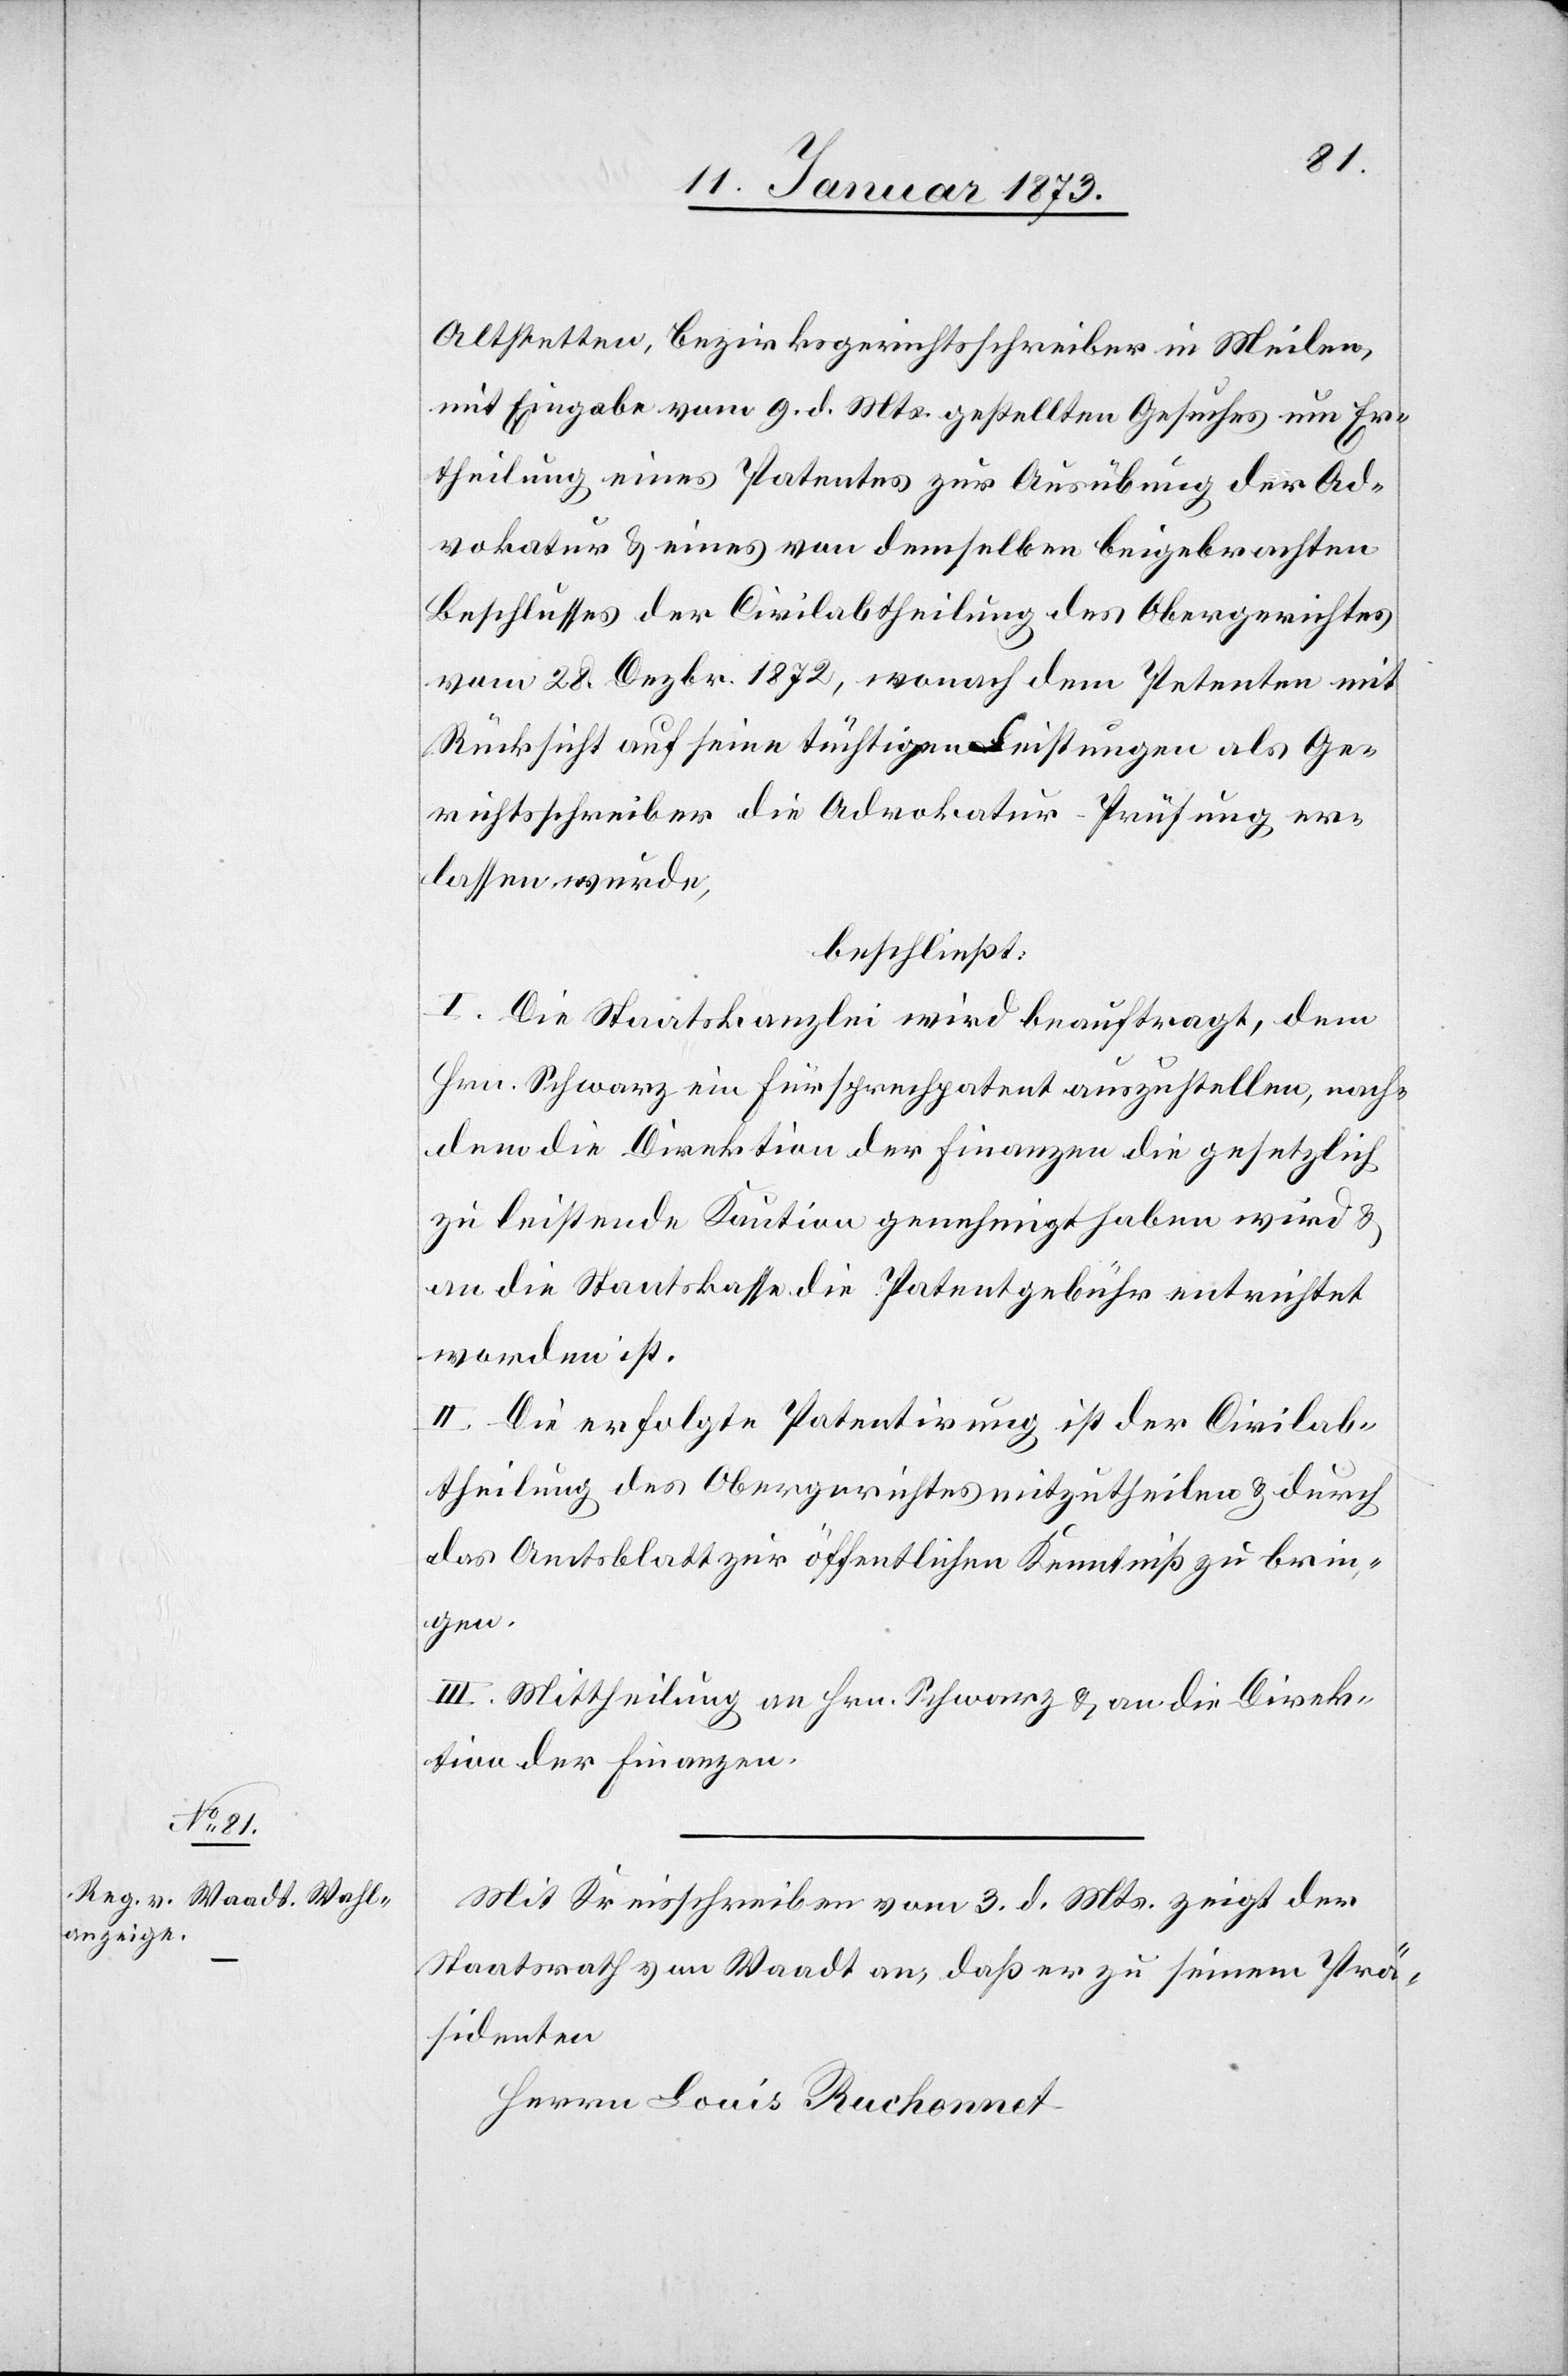
Altstetten, Bezirksgerichtsschreiber in Meilen,
mit Eingabe vom 9. d. Mts. gestellten Gesuches um Er¬
theilung eines Patentes zur Ausübung der Ad¬
vokatur u. eines von demselben beigebrachten
Beschlusses der Civilabtheilung des Obergerichtes
vom 28. Dezbr. 1872, wonach dem Petenten mit
Rücksicht auf seine tüchtigen Leistungen als Ge¬
richtsschreiber die Advokatur-Prüfung er¬
lassen wurde,
beschließt:
I. Die Staatskanzlei wird beauftragt, dem
Hrn. Schwarz ein Fürsprechpatent auszustellen, nach¬
dem die Direktion der Finanzen die gesetzlich
zu leistende Kaution genehmigt haben wird u.
an die Staatskasse die Patentgebühr entrichtet
worden ist.
II. Die erfolgte Patentirung ist der Civilab¬
theilung des Obergerichtes mitzutheilen u. durch
das Amtsblatt zur öffentlichen Kenntniß zu brin¬
gen.
III. Mittheilung an Hrn. Schwarz u. an die Direk¬
tion der Finanzen.
Mit Kreisschreiben vom 3. d. Mts. zeigt der
Staatsrath von Waadt an, daß er zu seinem Prä¬
sidenten
Herrn Louis Ruchonnet